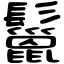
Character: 鬣